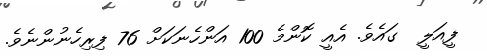
ފީއަލީ  ގައެވެ. އެއީ ކޮންމެ 100 އަންހެނަކަށް 76 ފިރިހެނުންނެވެ.